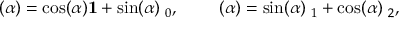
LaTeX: { \bf \omega } ( \alpha ) = \cos ( \alpha ) { \bf 1 } + \sin ( \alpha ) { \bf \gamma } _ { 0 } , \qquad { \bf \gamma } ( \alpha ) = \sin ( \alpha ) { \bf \gamma } _ { 1 } + \cos ( \alpha ) { \bf \gamma } _ { 2 } ,